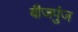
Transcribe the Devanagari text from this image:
बीजपुंज